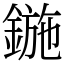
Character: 鍦